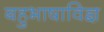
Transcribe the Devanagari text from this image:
बहुभाषाविज्ञ